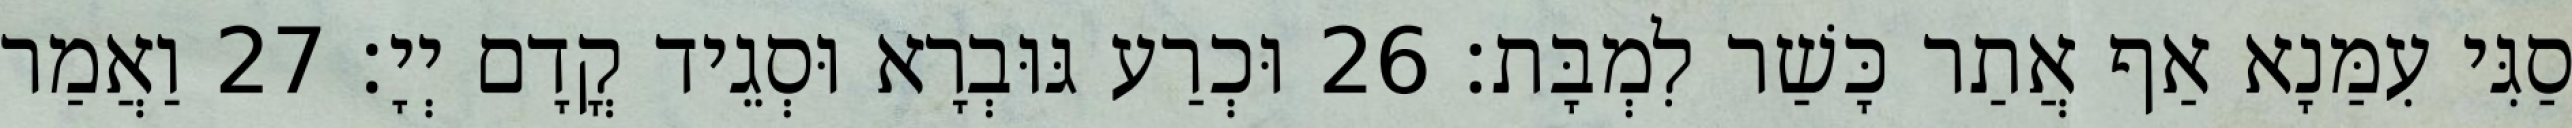
סַגִּי עִמַּנָא אַף אֲתַר כָּשַׁר לִמְבָּת׃ 26 וּכְרַע גּוּבְרָא וּסְגֵיד קֳדָם יְיָ׃ 27 וַאֲמַר